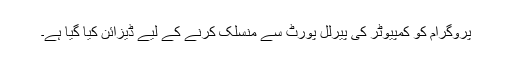
پروگرام کو کمپیوٹر کی پیرلل پورٹ سے منسلک کرنے کے لیے ڈیزائن کیا گیا ہے۔